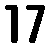
17